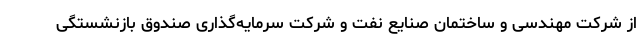
از شرکت مهندسی و ساختمان صنایع نفت و شرکت سرمایه‌گذاری صندوق بازنشستگی